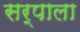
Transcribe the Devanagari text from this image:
सर्पाला